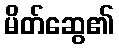
မိတ်ဆွေ၏